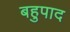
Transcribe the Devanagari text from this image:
बहुपाद